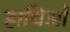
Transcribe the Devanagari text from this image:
हाथिओं